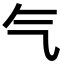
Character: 气